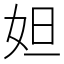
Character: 妲